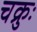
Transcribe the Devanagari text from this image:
चक्रुः